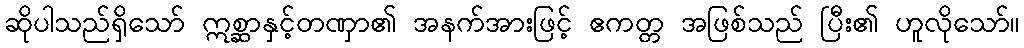
ဆိုပါသည်ရှိသော် ဣစ္ဆာနှင့်တဏှာ၏ အနက်အားဖြင့် ဧကတ္တ အဖြစ်သည် ပြီး၏ ဟူလိုသော်။